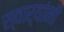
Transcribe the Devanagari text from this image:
स्वार्‍यांनी